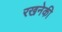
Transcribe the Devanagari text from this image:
रखनेकी